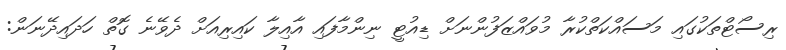
ރިސޯޓްތަކުގައި މަސައްކަތްކުރާ މުވައްޒަފުންނަށް ޑިއުޓީ ނިންމާފައި އާއިލާ ކައިރިއަށް ދެވޭނެ ގޮތް ހަދައިދޭނަން: